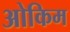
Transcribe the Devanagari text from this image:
ओकिम